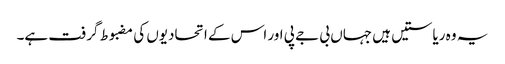
یہ وہ ریاستیں ہیں جہاں بی جے پی اور اس کے اتحادیوں کی مضبوط گرفت ہے۔